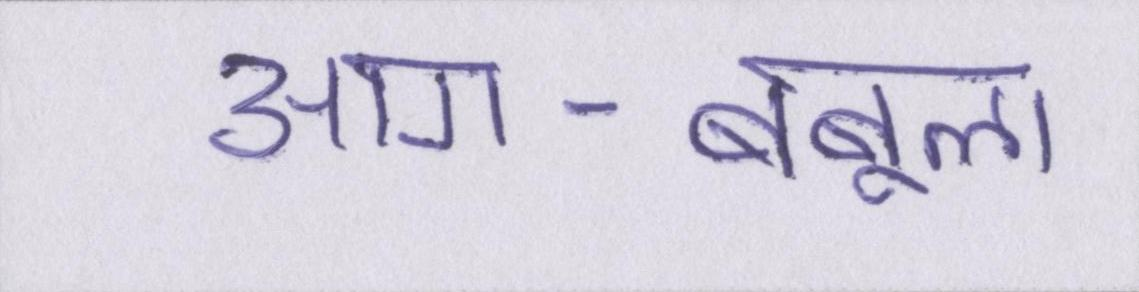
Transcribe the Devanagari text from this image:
आग-बबूला